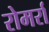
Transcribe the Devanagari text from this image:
रोमर्रा